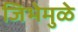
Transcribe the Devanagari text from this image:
जिभेमुळे